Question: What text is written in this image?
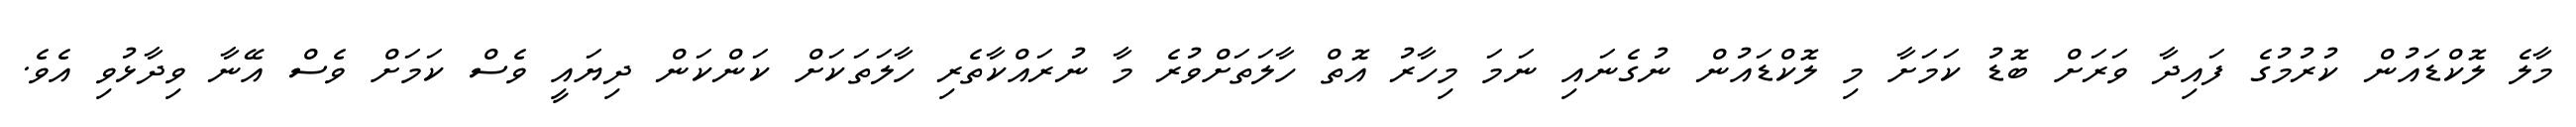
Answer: މާލެ ލޮކްޑައުން ކުރުމުގެ ފައިދާ ވަރަށް ބޮޑު ކަމަށާ މި ލޮކްޑައުން ނުގެނައި ނަމަ މިހާރު އޮތް ހާލަތަށްވުރެ މާ ނުރައްކާތެރި ހާލަތަކަށް ކަންކަން ދިޔައީ ވެސް ކަމަށް ވެސް އޭނާ ވިދާޅުވި އެވެ.